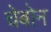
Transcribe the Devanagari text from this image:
चेबोन